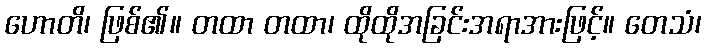
ဟောတိ၊ ဖြစ်၏။ တထာ တထာ၊ ထိုထိုအခြင်းအရာအားဖြင့်။ တေသံ၊